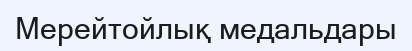
Мерейтойлық медальдары